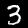
Label: 3